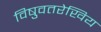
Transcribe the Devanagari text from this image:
विषुवतरेखिय